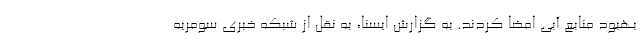
بهبود منابع آبی امضا کردند. به گزارش ایسنا، به نقل از شبکه خبری سومریه